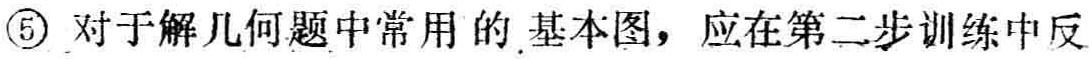
\textcircled{5} 对于解几何题中常用的 基本图，应在第二步训练中反